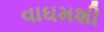
વાઘમશી